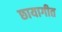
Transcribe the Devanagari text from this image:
छायागीत